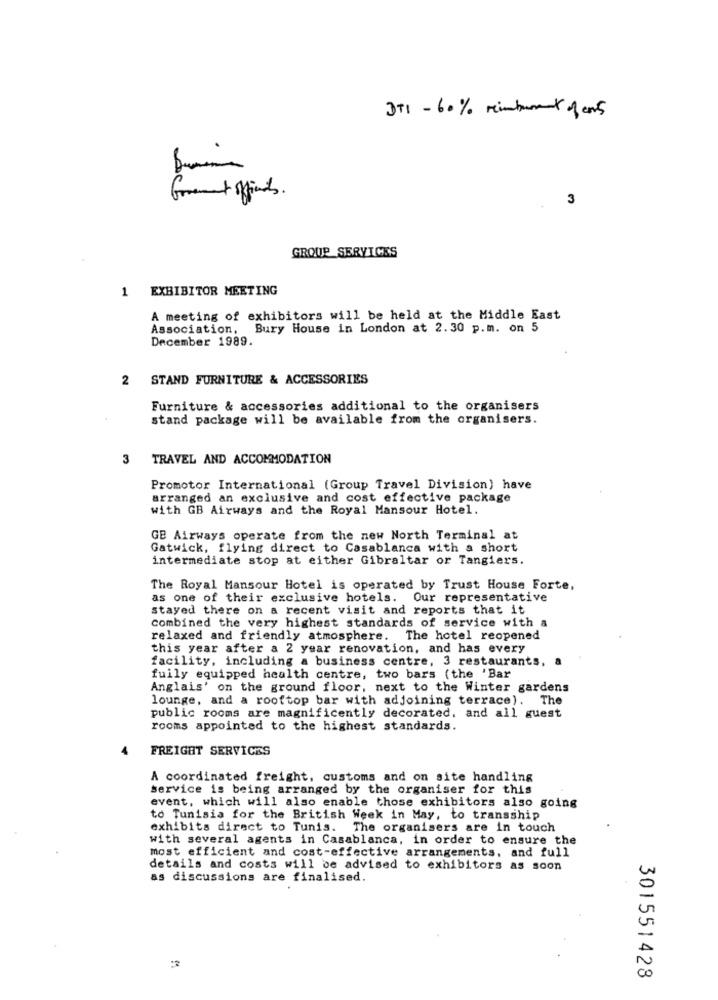
D+1 - 60% reimburand of cars
3
GROUP_SERVICES
1 EXHIBITOR MEETING
A meeting of exhibitors will be held at the Middle East
Association, Bury House in London at 2.30 p.m. on 5
December 1989.
2 STAND FURNITURE & ACCESSORIES
Furniture & accessories additional to the organisers
stand package will be available from the organisers.
3 TRAVEL AND ACCOMMODATION
Promotor International (Group Travel Division) have
arranged an exclusive and cost effective package
with GB Airways and the Royal Mansour Hotel.
GB Airways operate from the new North Terminal at
Gatwick, flying direct to Casablanca with a short
intermediate stop at either Gibraltar or Tangiers.
The Royal Mansour Hotel is operated by Trust House Forte,
as one of their exclusive hotels. Our representative
stayed there on a recent visit and reports that it
combined the very highest standards of service with a
relaxed and friendly atmosphere. The hotel reopened
this year after a 2 year renovation, and has every
facility, including a business centre, 3 restaurants, a
fully equipped health centre, two bars (the 'Bar
Anglais' on the ground floor, next to the Winter gardens
lounge, and a rooftop bar with adjoining terrace). The
public rooms are magnificently decorated, and all guest
rooms appointed to the highest standards.
FREIGHT SERVICES
A coordinated freight, customs and on site handling
service is being arranged by the organiser for this
event, which will also enable those exhibitors also going
to Tunisia for the British Week in May, to transship
exhibits direct to Tunis. The organisers are in touch
with several agents in Casablanca, in order to ensure the
most efficient and cost-effective arrangements, and full
details and costs will be advised to exhibitors as soon
as discussions are finalised.
301551428